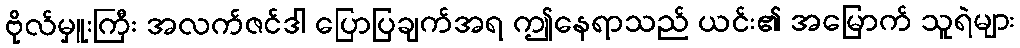
ဗိုလ်မှူးကြီး အလက်ဇင်ဒါ ပြောပြချက်အရ ဤနေရာသည် ယင်း၏ အမြောက် သူရဲများ